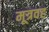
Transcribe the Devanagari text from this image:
मूत्रवह